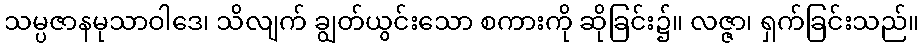
သမ္ပဇာနမုသာဝါဒေ၊ သိလျက် ချွတ်ယွင်းသော စကားကို ဆိုခြင်း၌။ လဇ္ဇာ၊ ရှက်ခြင်းသည်။